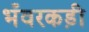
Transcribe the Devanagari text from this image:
भँवरकड़ी